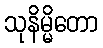
သုနိမ္မိတော